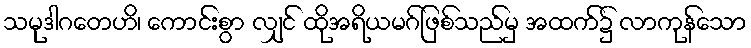
သမုဒါဂတေဟိ၊ ကောင်းစွာ လျှင် ထိုအရိယမဂ်ဖြစ်သည်မှ အထက်၌ လာကုန်သော